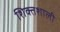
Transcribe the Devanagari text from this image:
शिक्तशाली